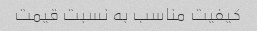
کیفیت مناسب به نسبت قیمت